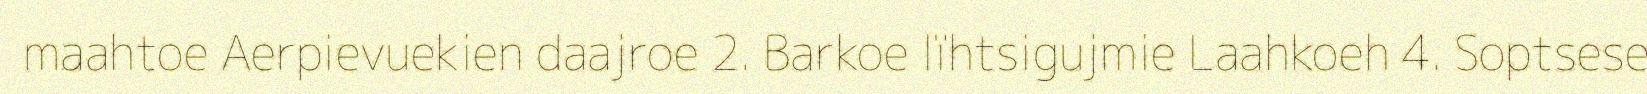
maahtoe Aerpievuekien daajroe 2. Barkoe lïhtsigujmie Laahkoeh 4. Soptsese